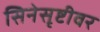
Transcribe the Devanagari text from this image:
सिनेसृष्टीवर